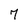
Character: 7